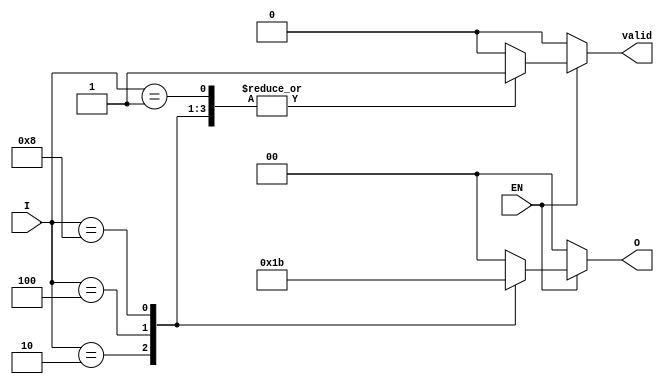
module one_of_n_encoder (
    input wire [3:0] I,  // N input lines (I[0] to I[3])
    input wire EN,       // Enable input
    output reg [1:0] O,  // M output lines (O[0] to O[1])
    output reg valid     // Valid output indicator
);

    always @(*) begin
        // Default output values
        O = 2'b00;        // Default output when no input is active
        valid = 1'b0;     // Default valid signal

        if (EN) begin
            case (I)
                4'b0001: begin O = 2'b00; valid = 1'b1; end // Input 0 active
                4'b0010: begin O = 2'b01; valid = 1'b1; end // Input 1 active
                4'b0100: begin O = 2'b10; valid = 1'b1; end // Input 2 active
                4'b1000: begin O = 2'b11; valid = 1'b1; end // Input 3 active
                default: begin O = 2'b00; valid = 1'b0; end // No valid input
            endcase
        end else begin
            O = 2'b00; // When not enabled, output is default
            valid = 1'b0; // Not valid when disabled
        end
    end

endmodule